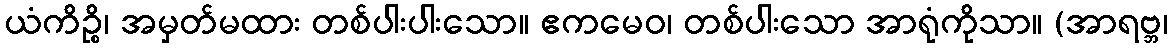
ယံကိဉ္စိ၊ အမှတ်မထား တစ်ပါးပါးသော။ ဧကမေဝ၊ တစ်ပါးသော အာရုံကိုသာ။ (အာရဗ္ဘ၊